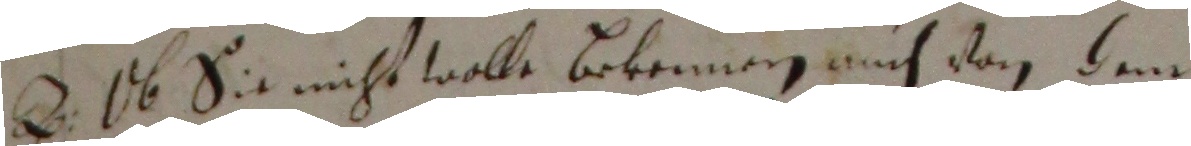
A 1b sie nicht wolle bekennen, auch von dem